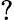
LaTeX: \mathord{?}